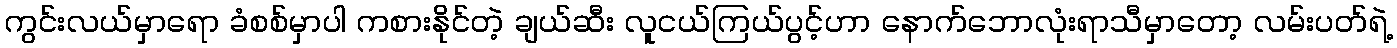
ကွင်းလယ်မှာရော ခံစစ်မှာပါ ကစားနိုင်တဲ့ ချယ်ဆီး လူငယ်ကြယ်ပွင့်ဟာ နောက်ဘောလုံးရာသီမှာတော့ လမ်းပတ်ရဲ့